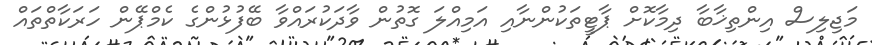
މަޖިލިސް އިންތިޚާބާ ދިމާކޮށް ޕާޓީތަކުންނާއި އަމިއްލަ ގޮތުން ވާދަކުރައްވާ ބޭފުޅުންގެ ކެމްޕޭން ހަރަކާތްތައް